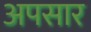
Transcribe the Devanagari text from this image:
अपसार